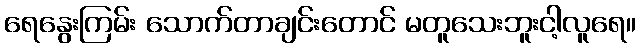
ရေနွေးကြမ်း သောက်တာချင်းတောင် မတူသေးဘူးငါ့လူရေ။